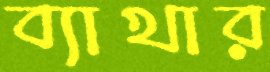
ব্যাখার